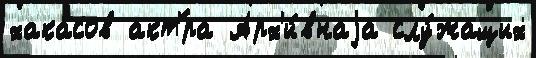
хакасов акт'́ра Арх'и́внаjа слу́жащих